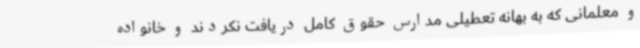
و معلمانی که به بهانه تعطیلی مدارس حقوق کامل دریافت نکردند و خانواده